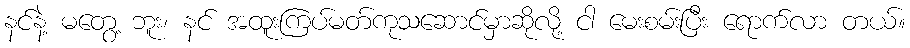
နင်နဲ့ မတွေ့ ဘူး၊ နင် အထူးကြပ်မတ်ကုသဆောင်မှာဆိုလို့ ငါ မေးစမ်းပြီး ရောက်လာ တယ်။